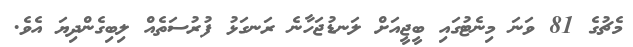
މެޗުގެ 81 ވަނަ މިނެޓުގައި ބީޖީއަށް ލަނޑުޖަހާނެ ރަނގަޅު ފުރުސަތެއް ލިބިގެންދިޔަ އެވެ.